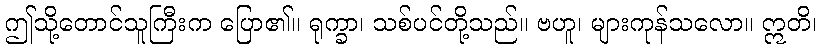
ဤသို့တောင်သူကြီးက ပြော၏။ ရုက္ခာ၊ သစ်ပင်တို့သည်။ ဗဟူ၊ များကုန်သလော။ ဣတိ၊